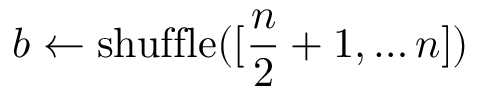
\boldsymbol b \gets \mathrm { s h u f f l e } ( [ \frac { n } { 2 } + 1 , \dots n ] )